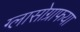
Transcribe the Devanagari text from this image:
ग्लासोग्राफया